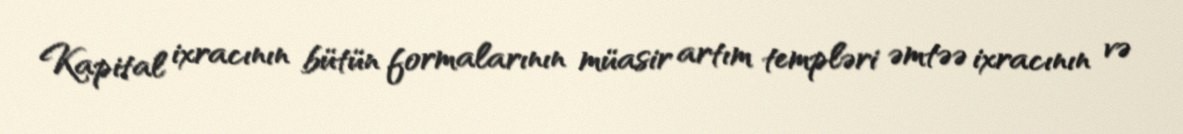
Kapital ixracının bütün formalarının müasir artım templəri əmtəə ixracının və